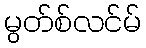
မွတ်စ်လင်မ်